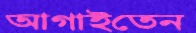
আগাইতেন